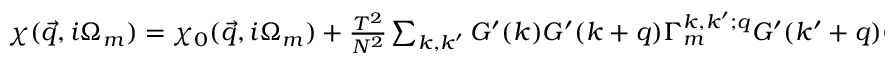
\begin{array} { r } { \chi ( \vec { q } , i \Omega _ { m } ) = \chi _ { 0 } ( \vec { q } , i \Omega _ { m } ) + \frac { T ^ { 2 } } { N ^ { 2 } } \sum _ { k , k ^ { \prime } } G ^ { \prime } ( k ) G ^ { \prime } ( k + q ) \Gamma _ { m } ^ { k , k ^ { \prime } ; q } G ^ { \prime } ( k ^ { \prime } + q ) G ^ { \prime } ( k ^ { \prime } ) \; , } \end{array}